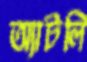
অ্যাটলি